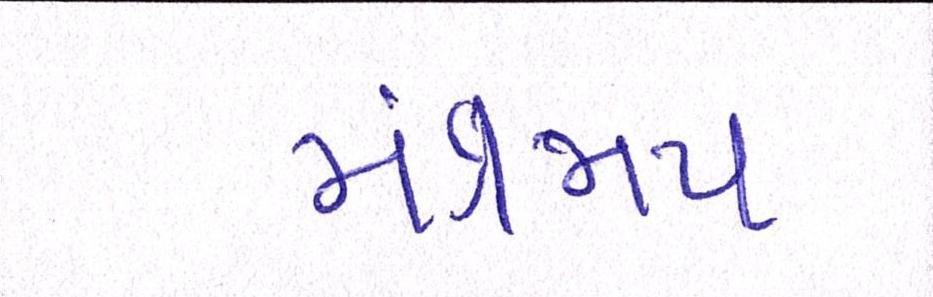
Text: મંત્રજાપ